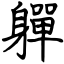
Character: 軃